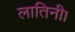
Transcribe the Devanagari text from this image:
लातिनी।